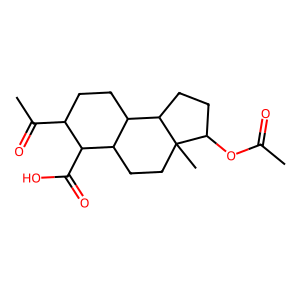
SMILES: CC(=O)OC1CCC2C3CCC(C(C)=O)C(C(=O)O)C3CCC12C
Inhibits HIV replication: No